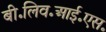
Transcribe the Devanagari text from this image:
बी॰लिव॰आई॰एस॰